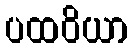
ပထဝိယာ